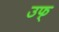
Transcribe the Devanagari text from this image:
उफ्‌